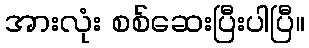
အားလုံး စစ်ဆေးပြီးပါပြီ။